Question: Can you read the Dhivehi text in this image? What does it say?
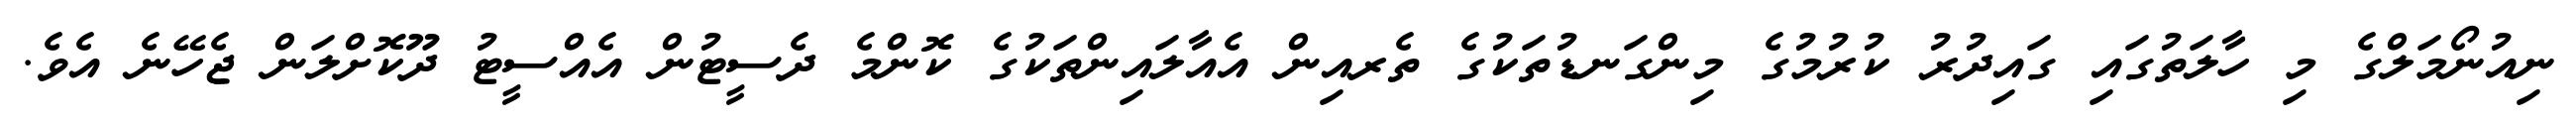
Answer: ނިއުނޯމަލްގެ މި ހާލަތުގައި ގައިދުރު ކުރުމުގެ މިންގަނޑުތަކުގެ ތެރއިން އެއާލައިންތަކުގެ ކޮންމެ ދެސީޓުން އެއްސީޓު ދޫކޮށްލަން ޖެހޭނެ އެވެ.